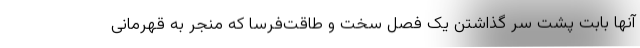
آنها بابت پشت سر گذاشتن یک فصل سخت و طاقت‌فرسا که منجر به قهرمانی